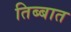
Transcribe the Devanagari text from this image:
तिब्बात